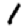
Digit: 1